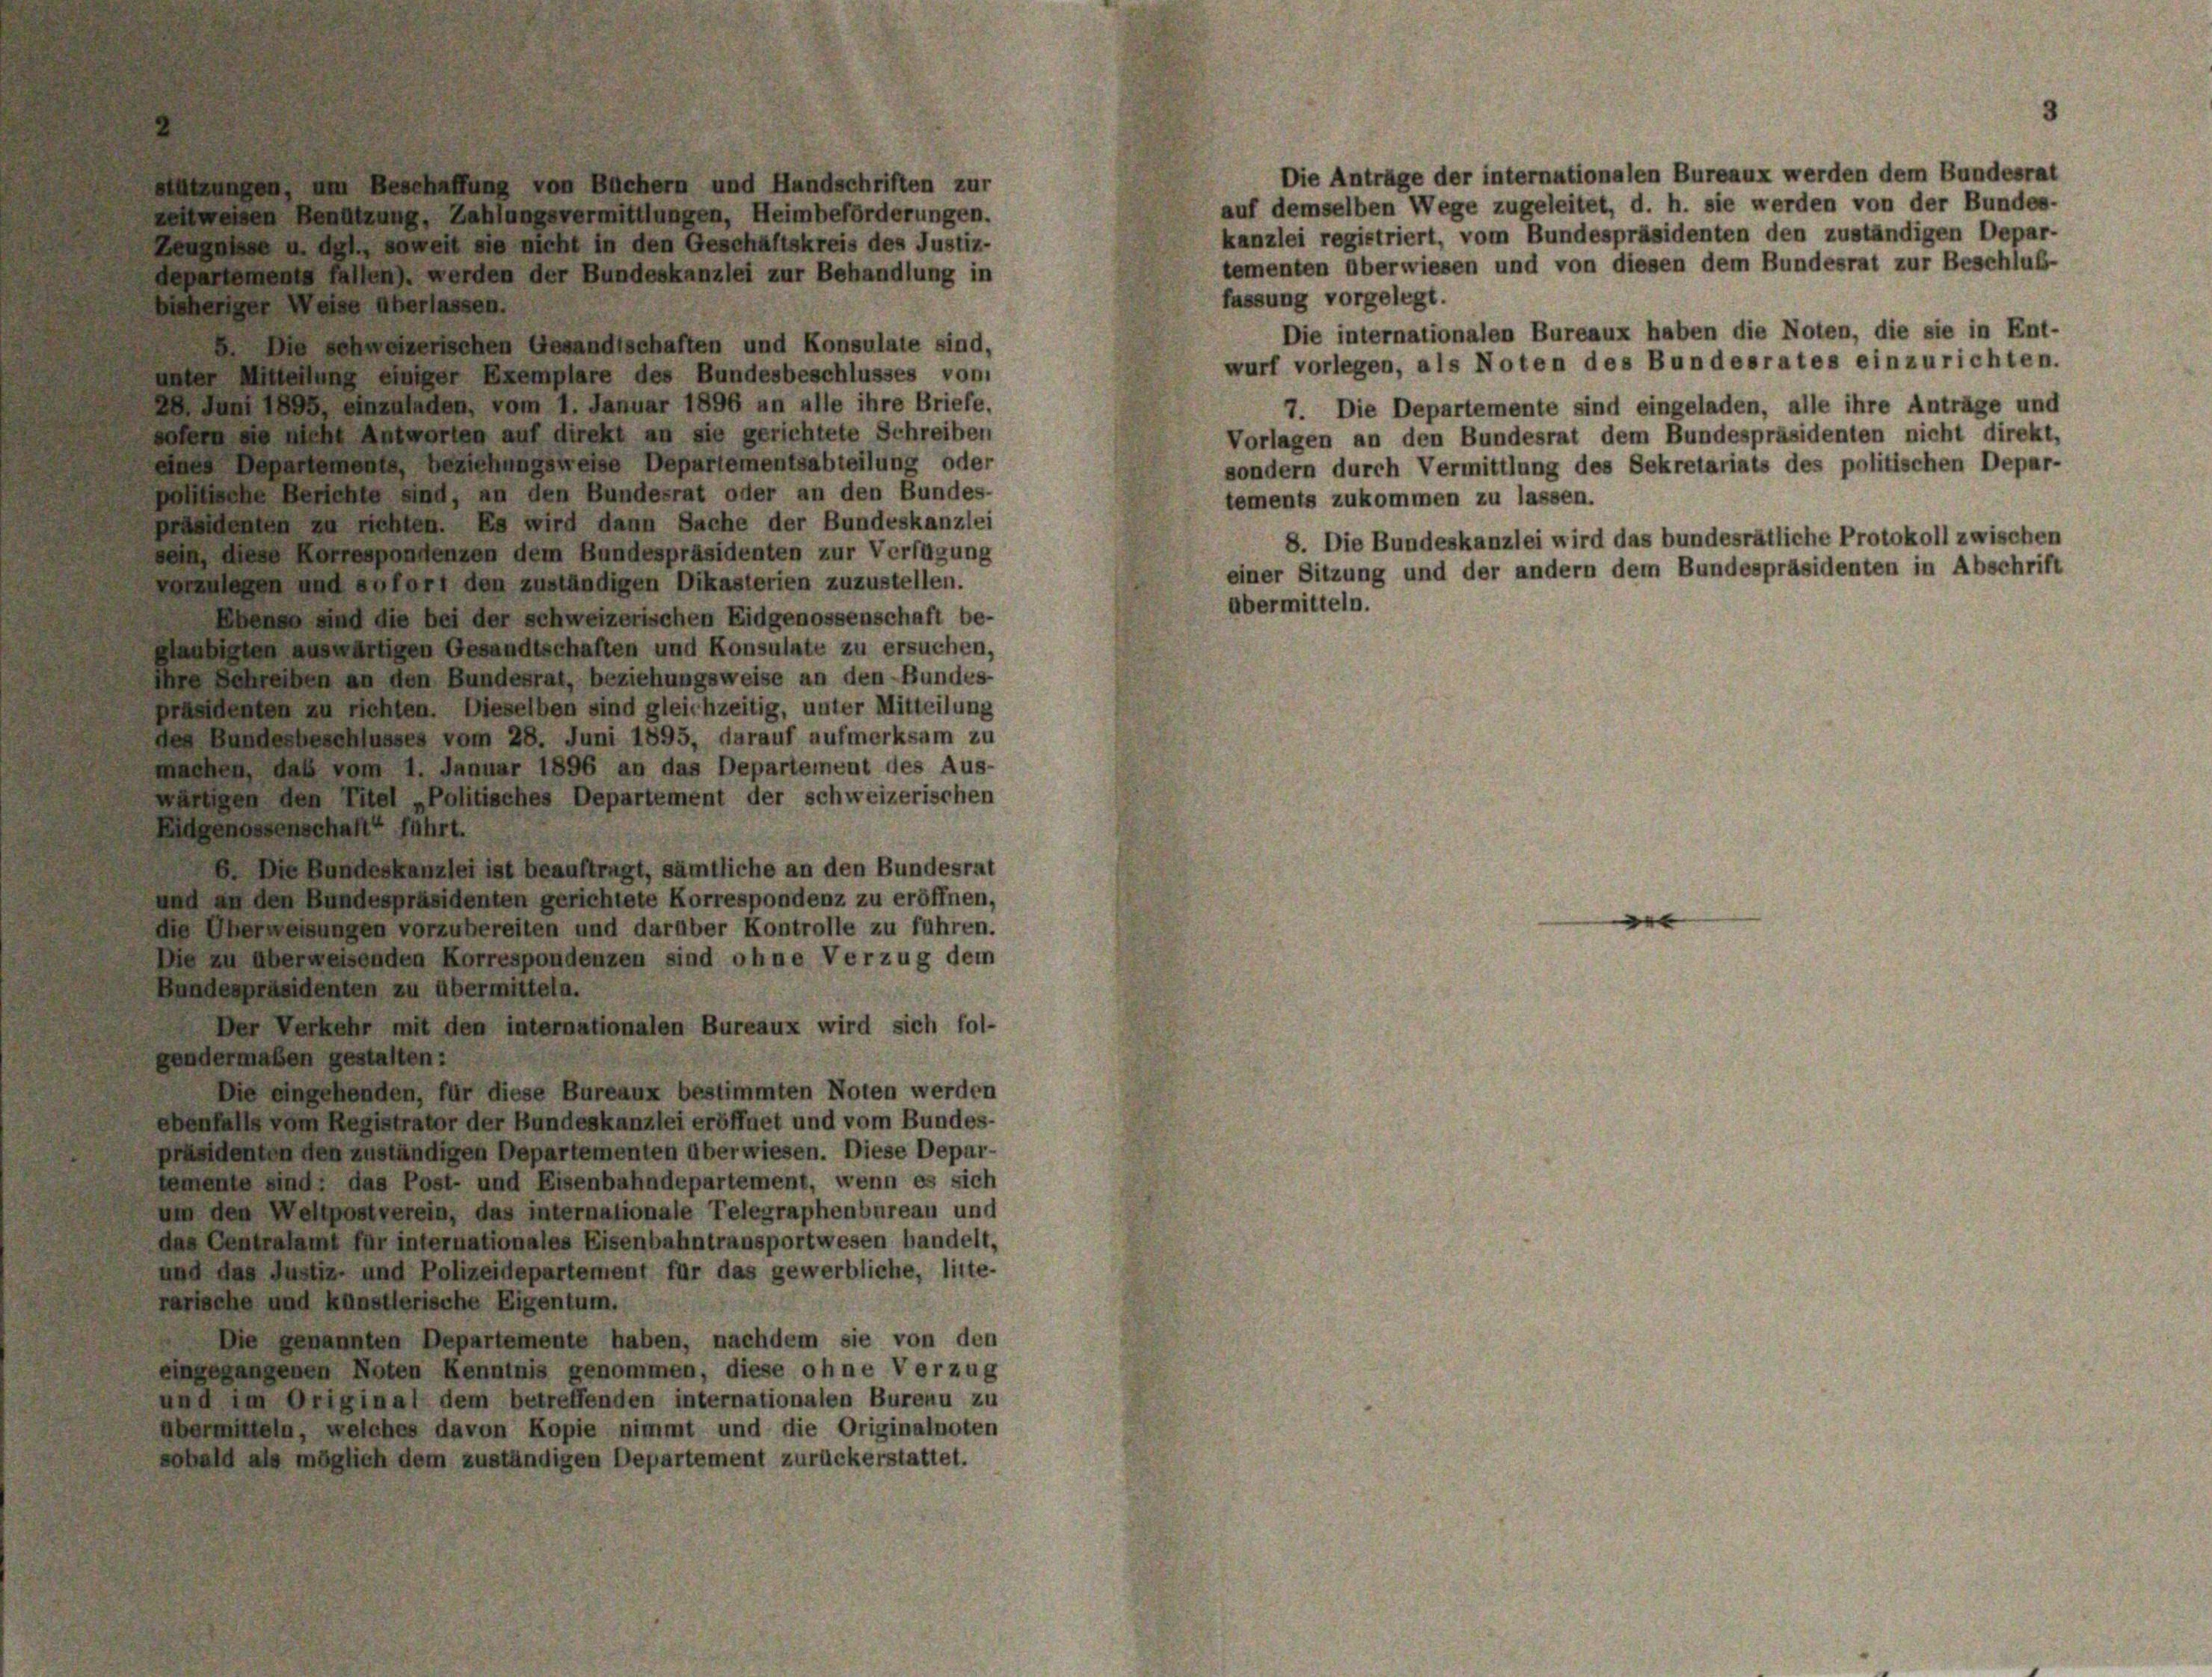
ltungen, um Beschaffung von Büchern und Handschriften zur
vollweisen Benützung, Zahlungsvermittlungen, Heimbeförderungen.
engasse u. dgl., soweit sie nicht in den Geschäftskreis des Justiz-
departement fallen werden der Bundeskanzlei zur Behandlung in
bisheriger Weise überlassen.
 Die schweizerischen Gesandtschaften und Konsulate sind,
unter Mittellung einiger Exemplare des Bundesbeschlusses von
28. Juni 1885, einzuladen, vom 1. Januar 1896 an alle ihre Briefe.
sofern die nicht Antworten auf direkt an sie gerichtete Schreiben
eines Departemente, Beziehungsweise Departementsabteilung oder
olche Berichte sind, an den Bundesrat oder an den Bundes-
präsidenten zu richten. Es wird dann Sache der Bundeskanzlei
sein, diese Korresponienzen dem Bundespräsidenten zur Verfügung
legen und sofort den zuständigen Dikasterien zuzustellen.
Ebenen sind die bei der schweizerischen Eidgenossenschaft be-
Glaubigten auswärtigen Gesandtschaften und Konsulate zu ersuchen,
Ihre Schreiben an den Bundesrat, beziehungsweise an den Bundes-
präsidenten zu richten. Dieselben sind gleichzeitig, unter Mitteilung
des Bundesbeschlusses vom 28. Juni 1895, darauf aufmerksam zu
machen das vom 1. Januar 1896 an das Departement des Aus-
wagen den Titel „Politisches Departement der schweizerischen
Eidgenossenschaft“ führt.
. Die Bundeskanzlei ist beauftragt, sämtliche an den Bundesrat
und an den Bundespräsidenten gerichtete Korrespondenz zu eröffnen,
die Überweisungen vorzubereiten und darüber Kontrolle zu führen.
Die zu überweisenden Korrespondenzen sind ohne Verzug dem
Bundespräsidenten zu übermitteln.
Der Verkehr mit den internationalen Bureaux wird sich fol-
gendermaßen gestalten:
Die eingehenden, für diese Bureaux bestimmten Noten werden
ebenfalls vom Registrator der Bundeskanzlei eröffnet und vom Bundes-
präsidenten den zuständigen Departementen überwiesen. Diese Depar-
lemente sind, das Post- und Eisenbahndepartement, wenn es sich
um den Wellpostverein, das internalionale Telegraphenbureau und
das Centralamt für internationales Eisenbahntransportwesen handelt,
und das Justiz und Polizeidepartement für das gewerbliche, litte-
rarische und künstlerische Eigentum.
Die genannten Departemente haben, nachdem sie von den
eingegangenen Noten Kenntnis genommen, diese ohne Verzug
und im Original dem betreffenden internationalen Bureau zu
Übermitteln, welches davon Kopie nimmt und die Originalnoten
sobald als möglich dem zuständigen Departement zurückerstattet.

Die Anträge der internationalen Bureaux werden dem Bundesrat
auf demselben Wege zugeleitet, d. h. sie werden von der Bundes-
kanzlei registriert, vom Bundespräsidenten den zuständigen Depar-
tementen überwiesen und von diesen dem Bundesrat zur Beschluß-
fassung vorgelegt.
Die internationalen Bureaux haben die Noten, die sie in Ent-
wurf vorlegen, als Noten des Bundesrates einzurichten.
7. Die Departemente sind eingeladen, alle ihre Anträge und
Vorlagen an den Bundesrat dem Bundespräsidenten nicht direkt,
sondern durch Vermittlung des Sekretariats des politischen Depar-
tements zukommen zu lassen.
8. Die Bundeskanzlei wird das bundesrätliche Protokoll zwischen
einer Sitzung und der andern dem Bundespräsidenten in Abschrift
abermitteln.

e